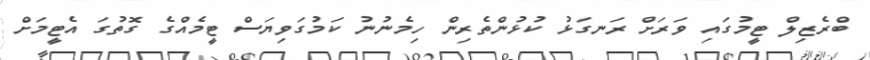
ބްރެޒިލް ޓީމުގައި ވަރަށް ރަނގަޅު ކުޅުންތެރިން ހިމެނުނު ކަމުގަވިޔަސް ޓީމެއްގެ ގޮތުގަ އެޓީމަށް